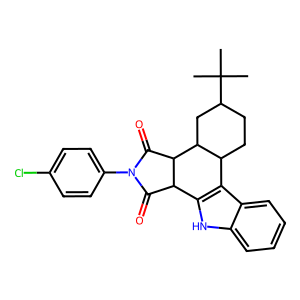
SMILES: CC(C)(C)C1CCC2c3c([nH]c4ccccc34)C3C(=O)N(c4ccc(Cl)cc4)C(=O)C3C2C1
Inhibits HIV replication: No